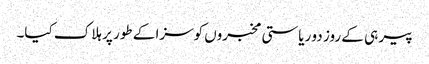
پیر ہی کے روز دو ریاستی مخبروں کوسزا کے طور پر ہلاک کیا۔